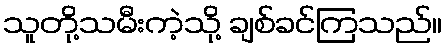
သူတို့သမီးကဲ့သို့ ချစ်ခင်ကြသည်။